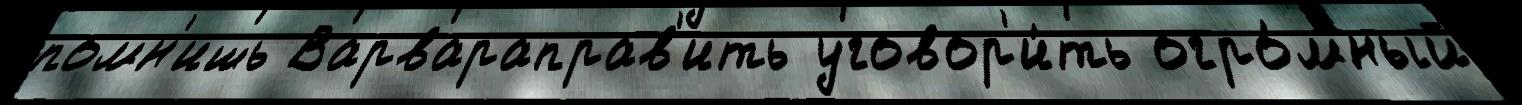
помн'ишь Варвараправ'ить уговор'и́ть огро́мный